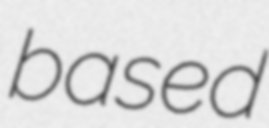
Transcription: based